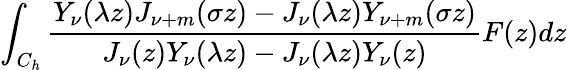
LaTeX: \int_{C_{h}}{\frac{Y_{\nu}(\lambda z)J_{\nu+m}(\sigma z)-J_{\nu}(\lambda z)Y_{\nu+m}(\sigma z)}{J_{\nu}(z)Y_{\nu}(\lambda z)-J_{\nu}(\lambda z)Y_{\nu}(z)}F(z)dz}